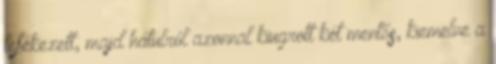
lefékezett, majd hátulról azonnal kiugrott két mentős, kiemelve a